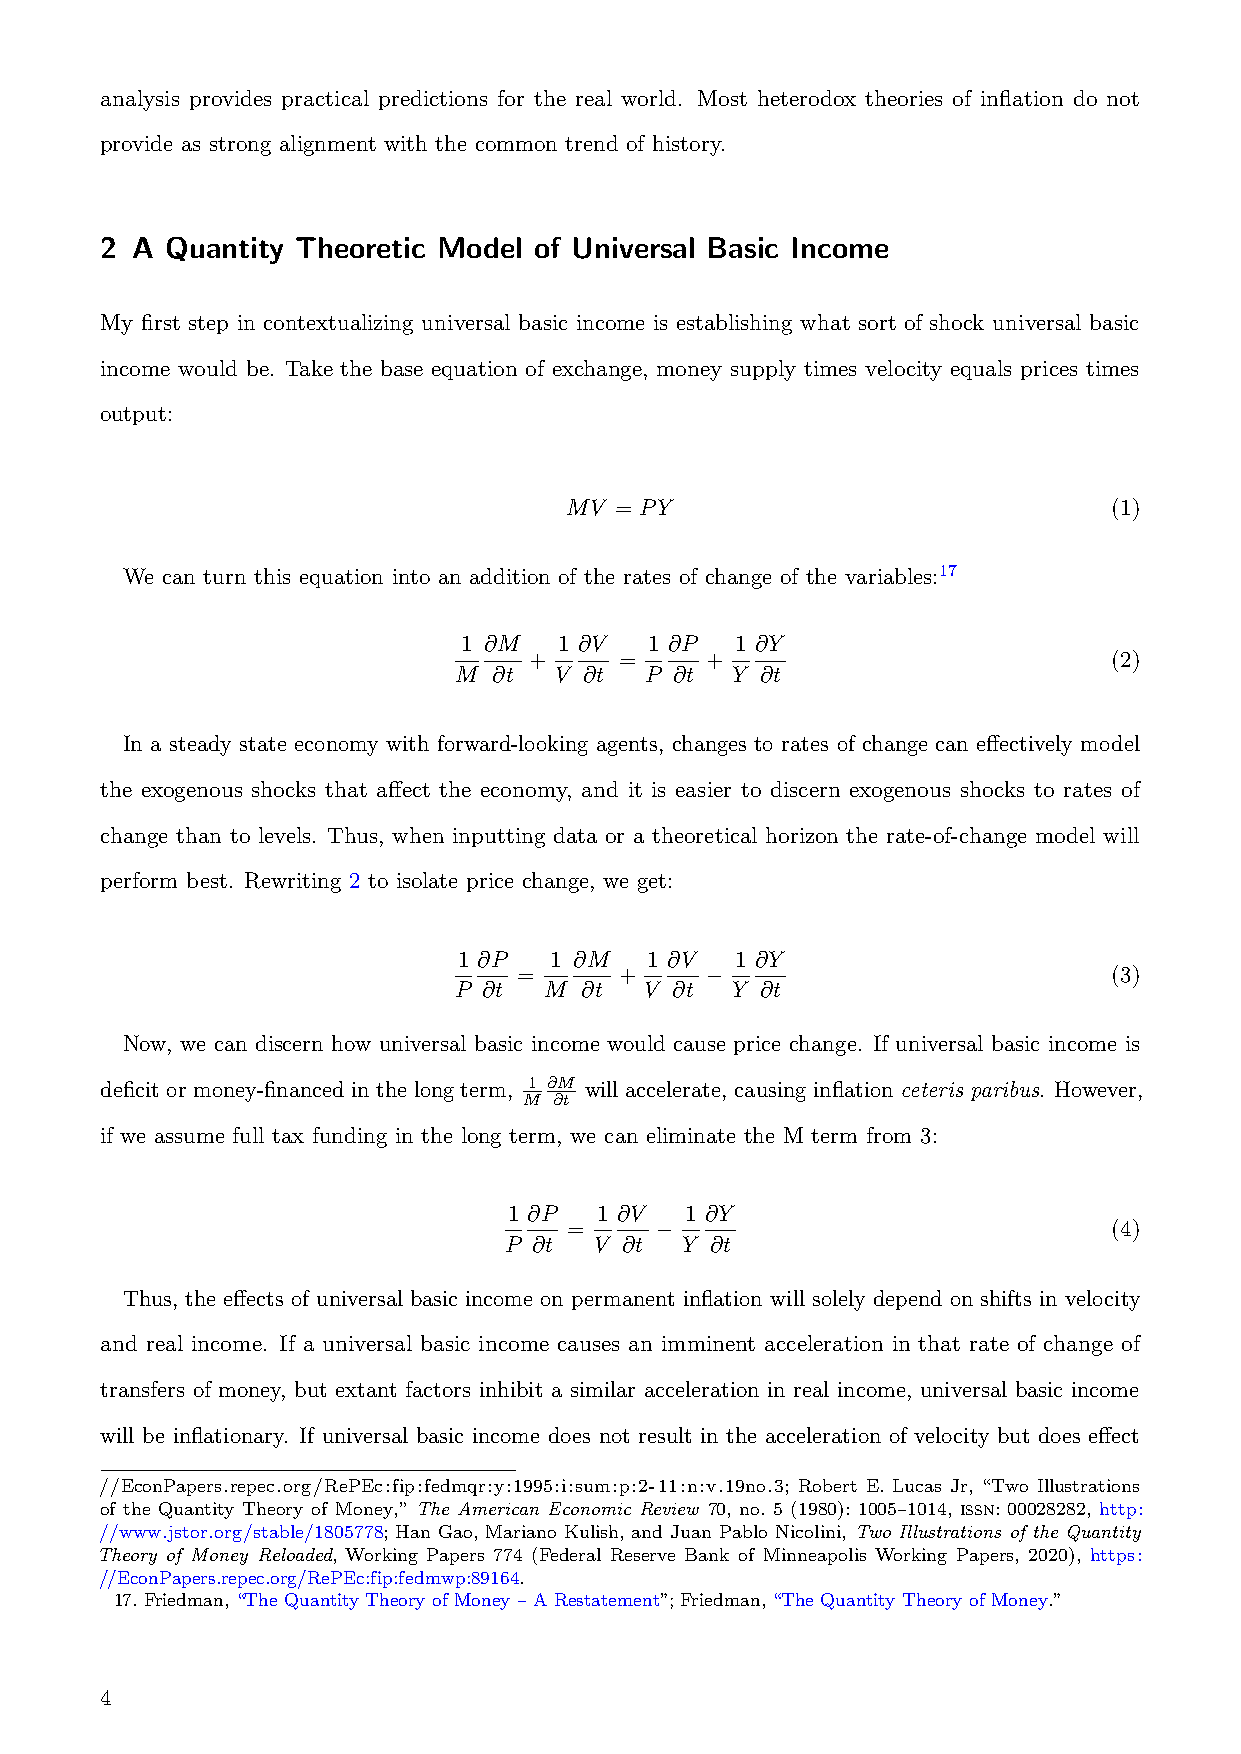
analysis provides practical predictions for the real world. Most heterodox theories of inflation do not
 provide as strong alignment with the common trend of history.
 2 A Quantity Theoretic Model of Universal Basic Income
 My first step in contextualizing universal basic income is establishing what sort of shock universal basic
 income would be. Take the base equation of exchange, money supply times velocity equals prices times
 output:
 MV  = PY                             (1)
 We can turn this equation into an addition of the rates of change of the variables:17
 1 ∂M  1 ∂V  1 ∂P  1 ∂Y
 +     =     +                          (2)
 M  ∂t  V ∂t  P ∂t Y ∂t
 In a steady state economy with forward-looking agents, changes to rates of change can effectively model
 the exogenous shocks that affect the economy, and it is easier to discern exogenous shocks to rates of
 change than to levels. Thus, when inputting data or a theoretical horizon the rate-of-change model will
 perform best. Rewriting 2 to isolate price change, we get:
 1 ∂P  1 ∂M   1 ∂V  1 ∂Y
 =      +     −                          (3)
 P ∂t  M ∂t   V ∂t Y ∂t
 Now, we can discern how universal basic income would cause price change. If universal basic income is
 deficit or money-financed in the long term, 1 ∂M will accelerate, causing inflation ceteris paribus. However,
 M ∂t
 if we assume full tax funding in the long term, we can eliminate the M term from 3:
 1 ∂P  1 ∂V 1 ∂Y
 =    −                              (4)
 P ∂t  V ∂t  Y ∂t
 Thus, the effects of universal basic income on permanent inflation will solely depend on shifts in velocity
 and real income. If a universal basic income causes an imminent acceleration in that rate of change of
 transfers of money, but extant factors inhibit a similar acceleration in real income, universal basic income
 will be inflationary. If universal basic income does not result in the acceleration of velocity but does effect
 //EconPapers.repec.org/RePEc:fip:fedmqr:y:1995:i:sum:p:2-11:n:v.19no.3; Robert E. Lucas Jr, “Two Illustrations
 of the Quantity Theory of Money,” The American Economic Review 70, no. 5 (1980): 1005–1014, issn: 00028282, http:
 //www.jstor.org/stable/1805778; Han Gao, Mariano Kulish, and Juan Pablo Nicolini, Two Illustrations of the Quantity
 Theory of Money Reloaded, Working Papers 774 (Federal Reserve Bank of Minneapolis Working Papers, 2020), https:
 //EconPapers.repec.org/RePEc:fip:fedmwp:89164.
 17. Friedman, “The Quantity Theory of Money – A Restatement”; Friedman, “The Quantity Theory of Money.”
 4